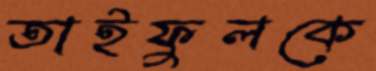
তাইফুলকে